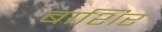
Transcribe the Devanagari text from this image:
बाशिर